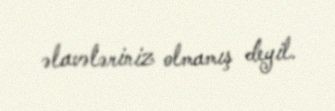
əlavələriniz olmamış deyil.